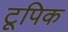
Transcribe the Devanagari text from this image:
टूपिक